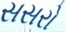
સસરો